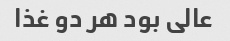
عالی بود هر دو غذا